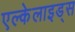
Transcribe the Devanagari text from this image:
एल्केलाइड्स